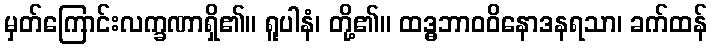
မှတ်ကြောင်းလက္ခဏာရှိ၏။ ရူပါနံ၊ တို့၏။ ထဒ္ဓဘာဝဝိနောဒနရသာ၊ ခက်ထန်